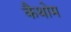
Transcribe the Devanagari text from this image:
कैथोम